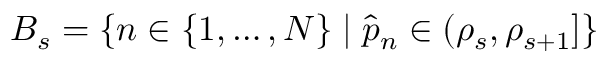
B _ { s } = \{ n \in \{ 1 , \dots , N \} \mid \hat { p } _ { n } \in ( \rho _ { s } , \rho _ { s + 1 } ] \}